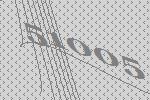
51005